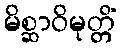
မိစ္ဆာဝိမုတ္တိံ